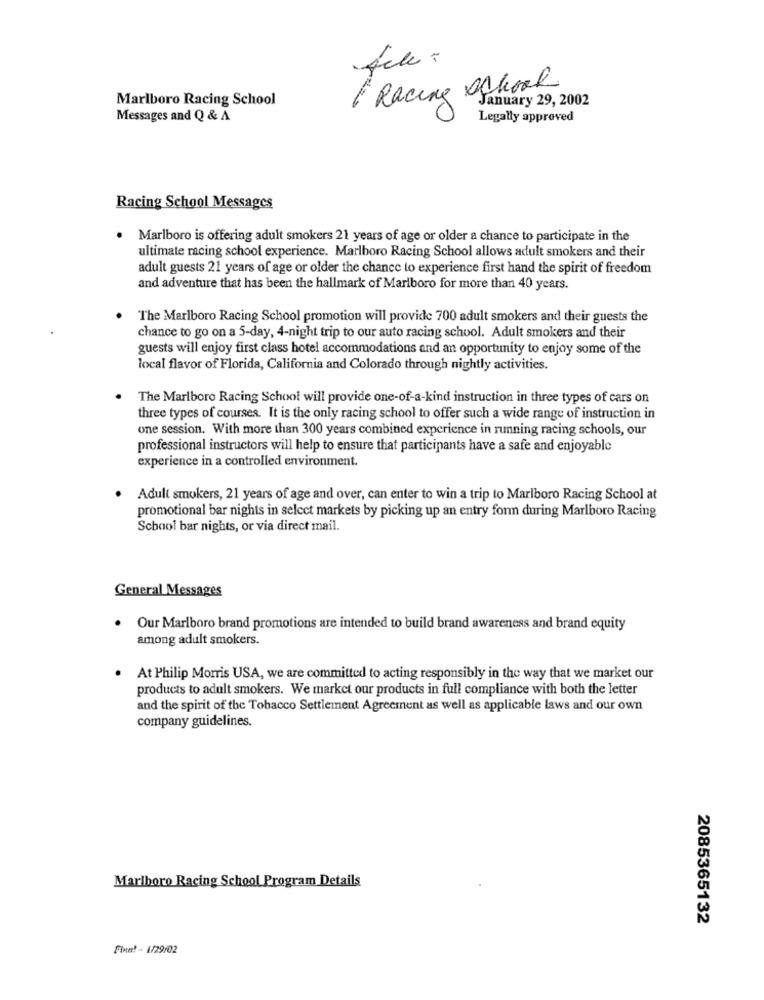
Racing school
Marlboro Racing School
January 29, 2002
Messages and Q & A
Legally approved
Racing School Messages
Marlboro is offering adult smokers 21 years of age or older a chance to participate in the
ultimate racing school experience. Marlboro Racing School allows adult smokers and their
adult guests 21 years of age or older the chance to experience first hand the spirit of freedom
and adventure that has been the hallmark of Marlboro for more than 40 years.
The Marlboro Racing School promotion will provide 700 adult smokers and their guests the
chance to go on a 5-day, 4-night trip to our auto racing school. Adult smokers and their
guests will enjoy first class hotel accommodations and an opportunity to enjoy some of the
local flavor of Florida, California and Colorado through nightly activities.
The Marlboro Racing School will provide one-of-a-kind instruction in three types of cars on
three types of courses. It is the only racing school to offer such a wide range of instruction in
one session. With more than 300 years combined experience in running racing schools, our
professional instructors will help to ensure that participants have a safe and enjoyable
experience in a controlled environment.
Adult smokers, 21 years of age and over, can enter to win a trip to Marlboro Racing School at
promotional bar nights in select markets by picking up an entry form during Marlboro Racing
School bar nights, or via direct mail.
General Messages
Our Marlboro brand promotions are intended to build brand awareness and brand equity
among adult smokers.
At Philip Morris USA, we are committed to acting responsibly in the way that we market our
products to adult smokers. We market our products in full compliance with both the letter
and the spirit of the Tobacco Settlement Agreement as well as applicable laws and our own
company guidelines.
Marlboro Racing School Program Details
2085365132
Fine! - 1/29/02